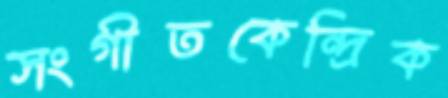
সংগীতকেন্দ্রিক